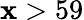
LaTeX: \mathbf{x}>59